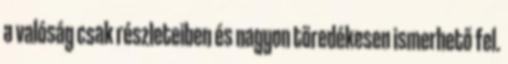
a valóság csak részleteiben és nagyon töredékesen ismerhető fel.